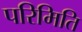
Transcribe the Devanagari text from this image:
परिमिति